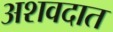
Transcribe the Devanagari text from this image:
अशवदात